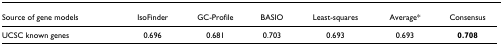
| Source of gene models | IsoFinder | GC-Profile | BASIO | Least-squares | Average* | Consensus |
 | --- | --- | --- | --- | --- | --- | --- |
 | UCSC known genes | 0.696 | 0.681 | 0.703 | 0.693 | 0.693 | 0.708 |